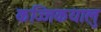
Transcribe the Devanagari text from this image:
कज्जिकयालु